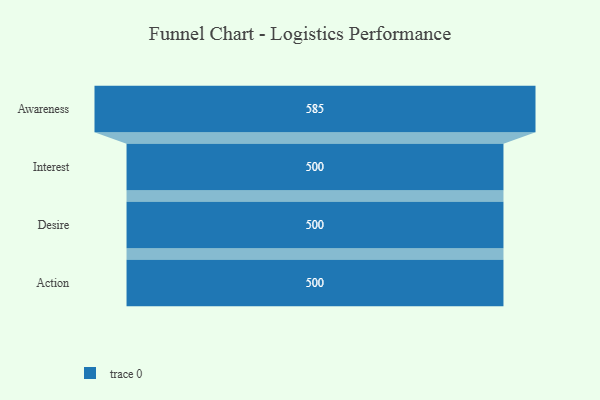
{"axis": {"x": "Stage", "y": "Value"}, "legend": [""], "data": [{"x": "Awareness", "y": 585.0, "type": ""}, {"x": "Interest", "y": 500, "type": ""}, {"x": "Desire", "y": 500, "type": ""}, {"x": "Action", "y": 500, "type": ""}]}